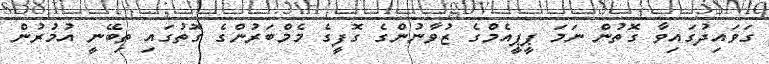
ގަވައިދުގައިވާ ގޮތުން ނަމަ ޕީޕީއެމްގެ ޒުވާނުންގެ ގޮފީގެ މެމްބަރުންގެ ގޮތުގައި ތިބޭނީ އުމުރުން